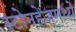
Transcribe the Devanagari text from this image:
स्टोनहेंजमध्ये